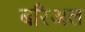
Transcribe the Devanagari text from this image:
बरिअल